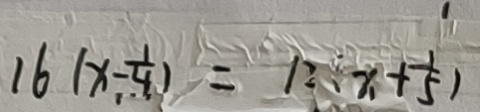
1 6 ( x - \frac { 1 } { 4 } ) = 1 2 ( x + \frac { 1 } { 5 } )